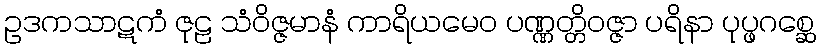
ဥဒကသာဋကံ ဇုဠ သံဝိဇ္ဇမာနံ ကာရိယမေဝ ပဏ္ဏတ္တိဝဇ္ဇာ ပရိနာ ပုပ္ဖဂစ္ဆေ